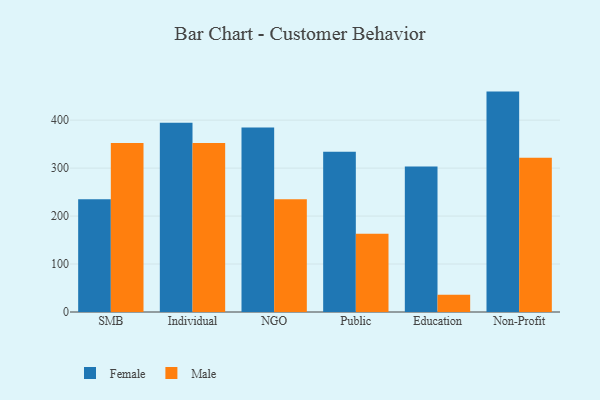
{"axis": {"x": "Segment", "y": "Bounce Rate (%)"}, "legend": ["Female", "Male"], "data": [{"x": "SMB", "y": 235.1, "type": "Female"}, {"x": "SMB", "y": 352.5, "type": "Male"}, {"x": "Individual", "y": 394.6, "type": "Female"}, {"x": "Individual", "y": 352.2, "type": "Male"}, {"x": "NGO", "y": 384.7, "type": "Female"}, {"x": "NGO", "y": 234.9, "type": "Male"}, {"x": "Public", "y": 334.0, "type": "Female"}, {"x": "Public", "y": 162.9, "type": "Male"}, {"x": "Education", "y": 303.6, "type": "Female"}, {"x": "Education", "y": 36.0, "type": "Male"}, {"x": "Non-Profit", "y": 459.5, "type": "Female"}, {"x": "Non-Profit", "y": 321.6, "type": "Male"}]}